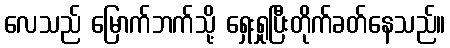
လေသည် မြောက်ဘက်သို့ ရှေးရှုပြီးတိုက်ခတ်နေသည်။